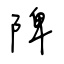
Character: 陴